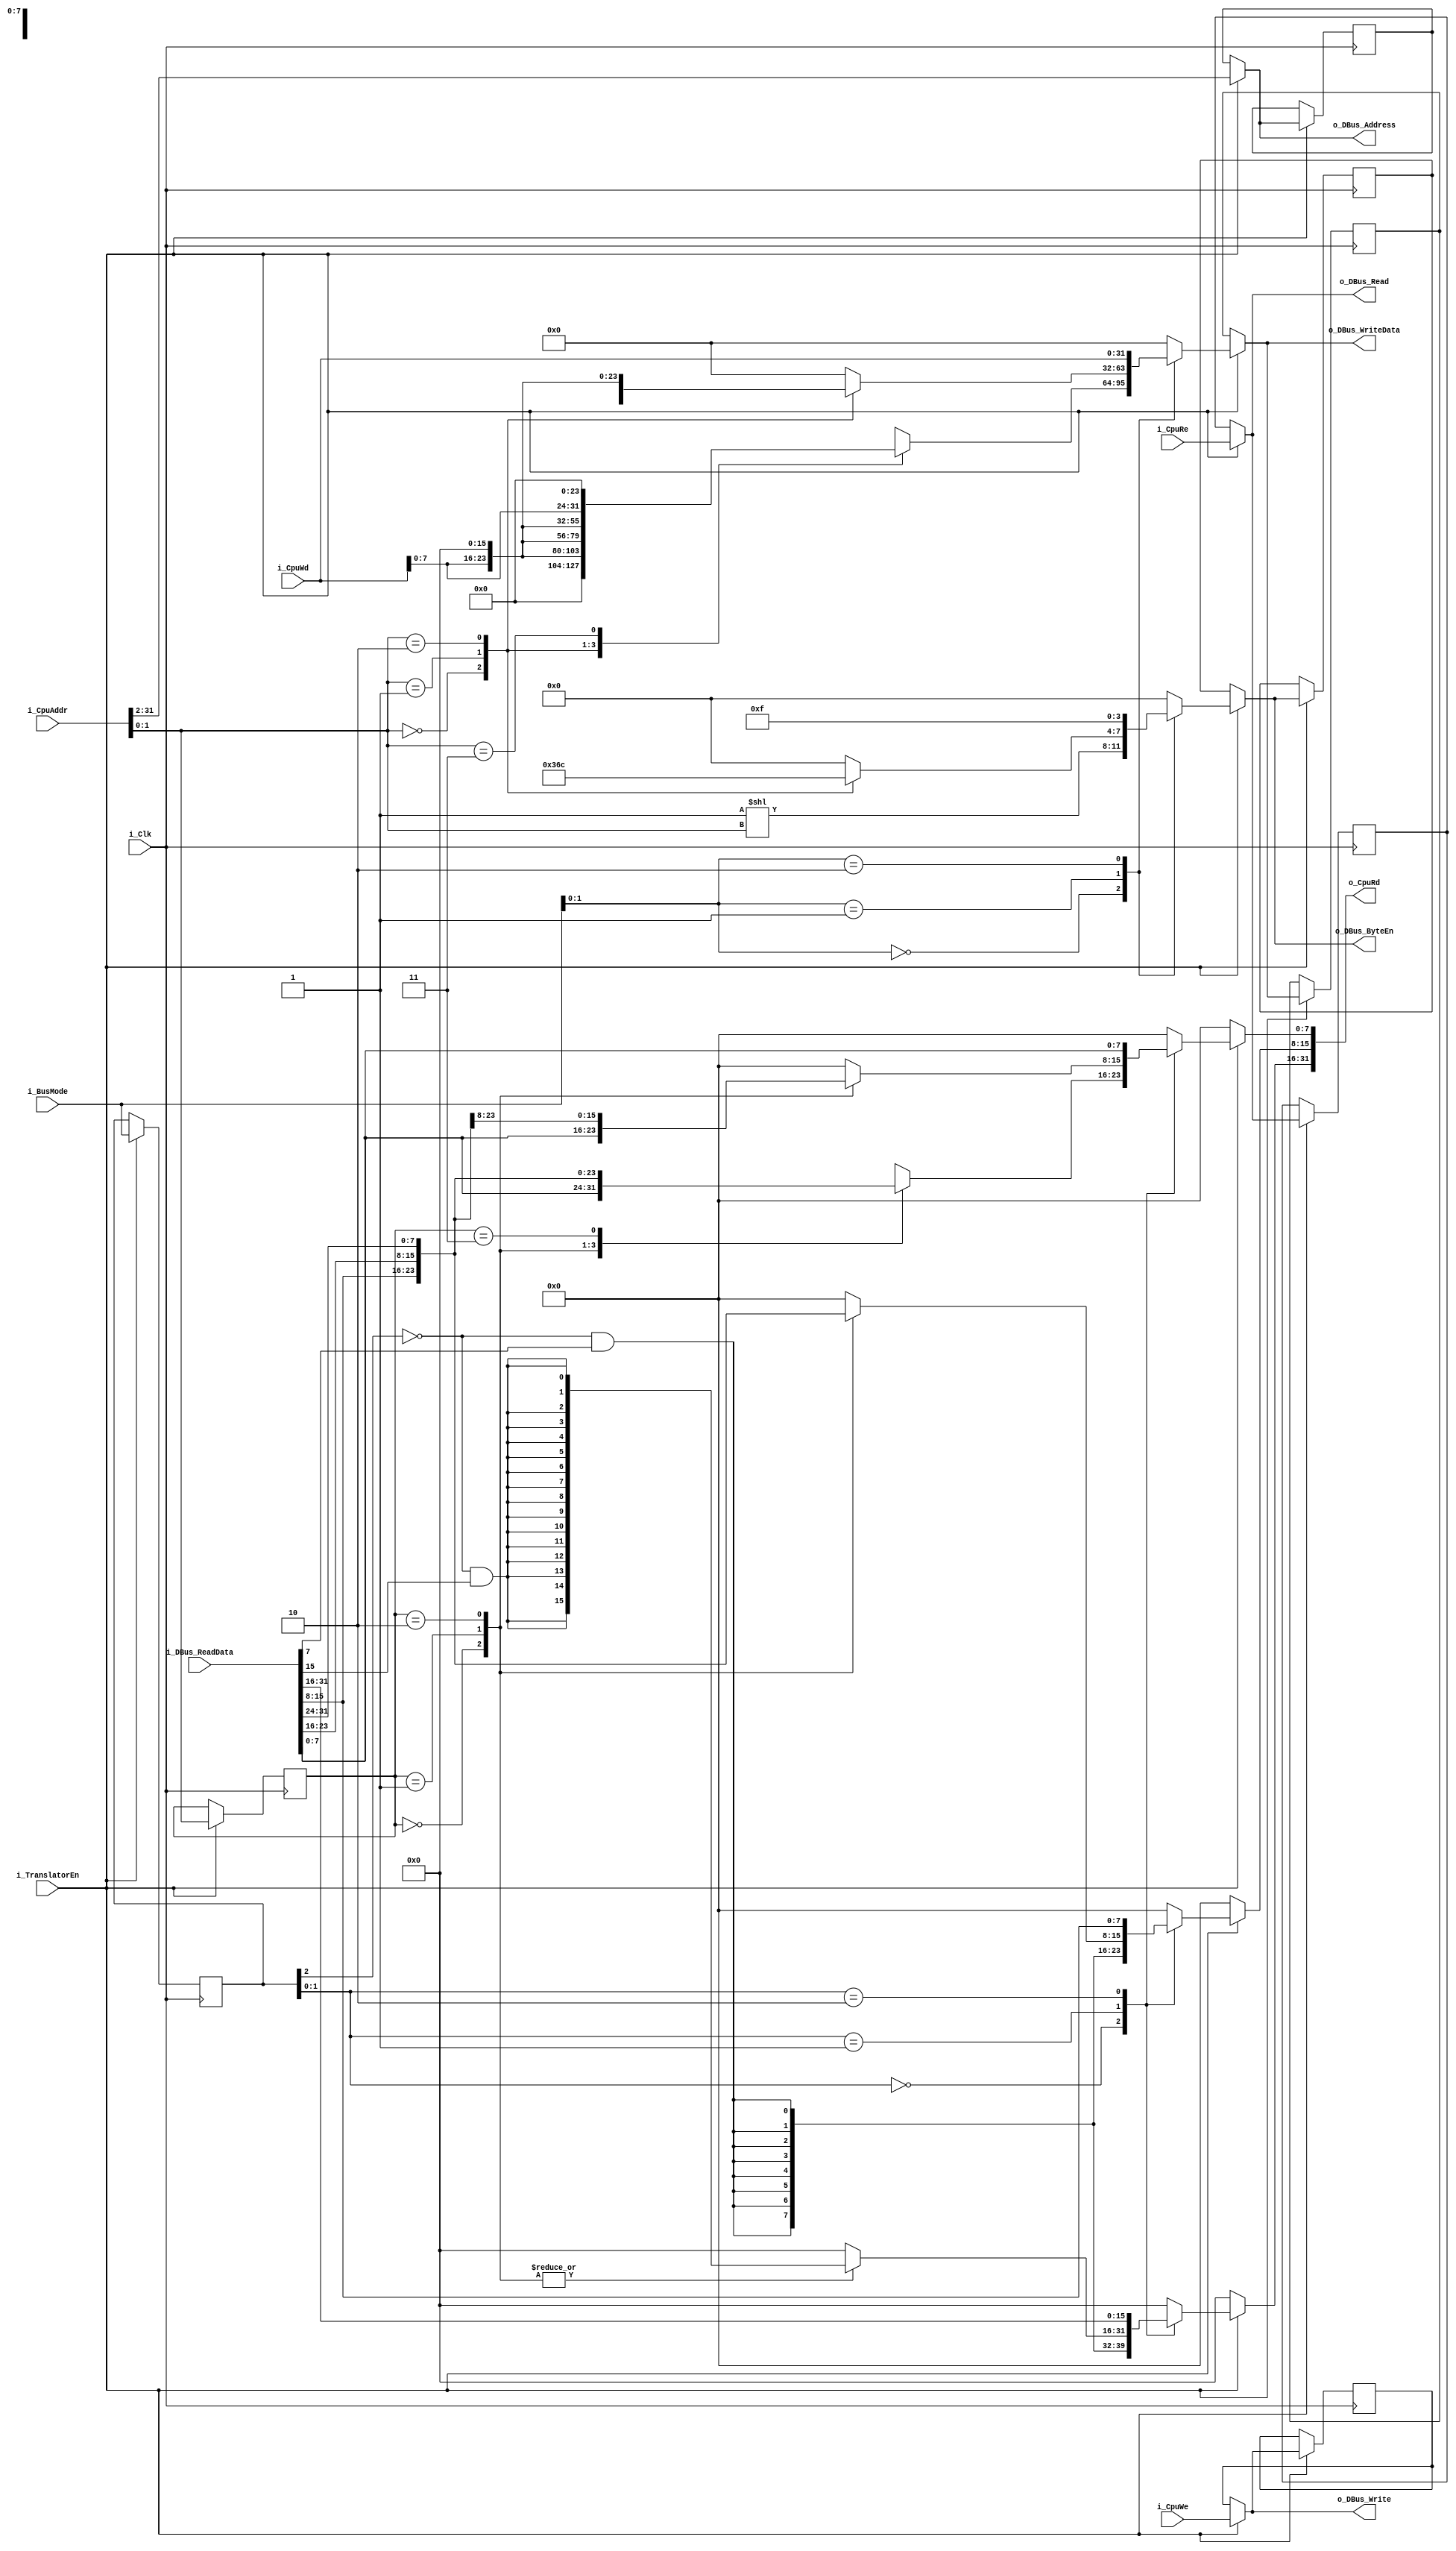
module DBusTranslator(
    input i_Clk,
    input i_TranslatorEn,

    //CPU
    input [2:0]i_BusMode,
    input [31:0]i_CpuAddr,
    input i_CpuRe,
    input i_CpuWe,
    output reg [31:0]o_CpuRd,
    input [31:0]i_CpuWd,

    //DBUS
    output [29:0]o_DBus_Address,
    output [3:0]o_DBus_ByteEn,
    output o_DBus_Read,
    output o_DBus_Write,
    input [31:0]i_DBus_ReadData,
    output [31:0]o_DBus_WriteData
    );

    initial begin
        o_CpuRd <= 32'b0;
    end

    assign o_DBus_Address = r_DBus_Address;
    assign o_DBus_ByteEn = r_DBus_ByteEn;
    assign o_DBus_Read = r_DBusRe;
    assign o_DBus_Write = r_DBusWe;
    assign o_DBus_WriteData = r_DBus_WriteData;

    reg [29:0]r_DBus_Address = 30'b0;
    reg [3:0]r_DBus_ByteEn = 4'b1111;
    reg r_DBusRe = 1'b0;
    reg r_DBusWe = 1'b0;
    reg [31:0] r_DBus_WriteData = 32'b0;

    reg [29:0]r_Old_DBus_Address = 32'b0;
    reg [3:0]r_Old_DBus_ByteEn = 4'b1111;
    reg r_Old_DBusRe = 1'b0;
    reg r_Old_DBusWe = 1'b0;
    reg [31:0] r_Old_DBus_WriteData = 32'b0;

    reg [2:0] r_BusModeRd = 3'b0;
    reg [1:0] r_AddrRd = 2'b0;

    //Whether the bus write transaction is signed or now
    wire w_Signed = !i_BusMode[2];

     //Whether the bus read transaction is signed or now
    wire w_SignedRd = !r_BusModeRd[2];

    parameter p_BUS_BYTE_ACCESS         = 2'b00;
    parameter p_BUS_HALF_WORD_ACCESS    = 2'b01;
    parameter p_BUS_WORD_ACCESS         = 2'b10;

    always @(posedge i_Clk)begin
        if(i_TranslatorEn)begin
            r_BusModeRd <= i_BusMode;
            r_AddrRd <= i_CpuAddr[1:0]; 

            r_Old_DBus_Address <= r_DBus_Address;
            r_Old_DBus_ByteEn <= r_DBus_ByteEn;
            r_Old_DBusRe <= r_DBusRe;
            r_Old_DBusWe <= r_DBusWe;
            r_Old_DBus_WriteData <= r_DBus_WriteData;
        end
    end

    always @(*) begin
        if(i_TranslatorEn)begin
            r_DBus_Address <= i_CpuAddr[31:2];
            r_DBusRe <= i_CpuRe;
            r_DBusWe <= i_CpuWe;

            //Bus Read//
            case (r_BusModeRd[1:0])
                p_BUS_BYTE_ACCESS:begin
                    //Take care of sign extension for the signed/unsigned byte loads
                    o_CpuRd[31:8] <= {{24{w_SignedRd & i_DBus_ReadData[7]}}};
                    
                    case (r_AddrRd)
                        0:begin
                            o_CpuRd[7:0] <= i_DBus_ReadData[7:0];
                        end
                        1:begin
                            o_CpuRd[7:0] <= i_DBus_ReadData[15:8];
                        end
                        2:begin
                            o_CpuRd[7:0] <= i_DBus_ReadData[23:16];
                        end
                        3:begin
                            o_CpuRd[7:0] <= i_DBus_ReadData[31:24];
                        end 
                    endcase
                end
                p_BUS_HALF_WORD_ACCESS:begin
                    //Take care of sign extension for the signed/unsigned half word loads
                    o_CpuRd[31:16] <= {{16{w_SignedRd & i_DBus_ReadData[15]}}};

                    case (r_AddrRd)
                        0:begin
                            o_CpuRd[15:0] <= i_DBus_ReadData[15:0];
                        end
                        1:begin
                            o_CpuRd[15:0] <= i_DBus_ReadData[23:8];
                        end
                        2:begin
                            o_CpuRd[15:0] <= i_DBus_ReadData[31:16];
                        end
                        default:begin
                            o_CpuRd <= 32'b0;
                        end
                    endcase
                end
                p_BUS_WORD_ACCESS:begin
                    o_CpuRd <= i_DBus_ReadData;
                end
                default:begin
                    o_CpuRd <= 32'b0;
                end
            endcase

            //Bus Write//
            case (i_BusMode[1:0])
                p_BUS_BYTE_ACCESS:begin
                    r_DBus_ByteEn <= 1'b1 << i_CpuAddr[1:0];
                    
                    case (i_CpuAddr[1:0])
                        0:begin
                            r_DBus_WriteData <= {24'b0, i_CpuWd[7:0]};
                        end
                        1:begin
                            r_DBus_WriteData <=  {16'b0, i_CpuWd[7:0], 8'b0};
                        end
                        2:begin
                            r_DBus_WriteData <= {8'b0, i_CpuWd[7:0], 16'b0};
                        end
                        3:begin
                            r_DBus_WriteData <=  {i_CpuWd[7:0], 24'b0};
                        end 
                    endcase
                end
                p_BUS_HALF_WORD_ACCESS:begin
                    case (i_CpuAddr[1:0])
                        0:begin
                            r_DBus_WriteData <= {16'b0, i_CpuWd[15:0]};
                            r_DBus_ByteEn <= 4'b0011;
                        end
                        1:begin
                            r_DBus_WriteData <= {8'b0, i_CpuWd[15:0], 8'b0};
                            r_DBus_ByteEn <= 4'b0110;
                        end
                        2:begin
                            r_DBus_WriteData <= {i_CpuWd[15:0], 16'b0};
                            r_DBus_ByteEn <= 4'b1100;
                        end
                        default:begin
                            r_DBus_WriteData <= 32'h0;
                            r_DBus_ByteEn <= 32'b0;
                        end
                    endcase
                end
                p_BUS_WORD_ACCESS:begin
                    r_DBus_WriteData <= i_CpuWd;
                    r_DBus_ByteEn <= 4'b1111;
                end
                default:begin
                    r_DBus_WriteData <= 32'b0;
                    r_DBus_ByteEn <= 4'b0;
                end
            endcase
        end else begin
            r_DBus_Address <= r_Old_DBus_Address;
            r_DBus_ByteEn <= r_Old_DBus_ByteEn;
            r_DBusRe <= r_Old_DBusRe;
            r_DBusWe <= r_Old_DBusWe;
            r_DBus_WriteData <= r_Old_DBus_WriteData;
            o_CpuRd <= 0;
        end
    end

endmodule